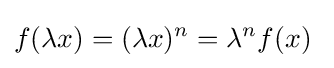
f(\lambda x)=(\lambda x)^{n}=\lambda ^{n}f(x)~